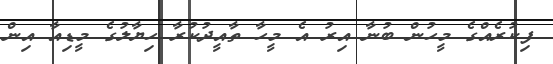
ފިކުރެއްގެ މީހުން ބުނާ އިރު އެ މީހާ ތާއީދުކުރާ ހިޔާލުގެ މީޑިއާ އިން